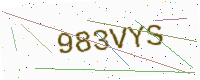
Text: 983VYS